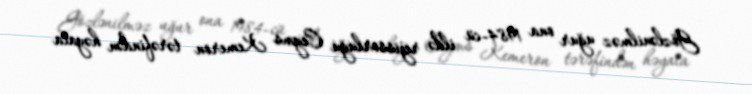
Gözlənilməz uğur ona 1984-cü ildə rejissorluğu Ceyms Kemeron tərəfindən həyata